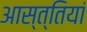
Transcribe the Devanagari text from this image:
आस्त्तियां